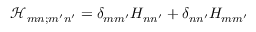
\mathcal H _ { m n ; m ^ { \prime } n ^ { \prime } } = \delta _ { m m ^ { \prime } } H _ { n n ^ { \prime } } + \delta _ { n n ^ { \prime } } H _ { m m ^ { \prime } }